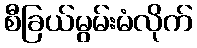
စီခြယ်မွမ်းမံလိုက်